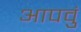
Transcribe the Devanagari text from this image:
आपवुं